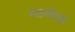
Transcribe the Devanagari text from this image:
मालतीलाही